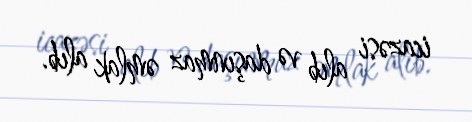
icazəsi alıb və daşınmaz əmlak alıb.